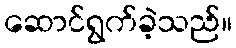
ဆောင်ရွက်ခဲ့သည်။